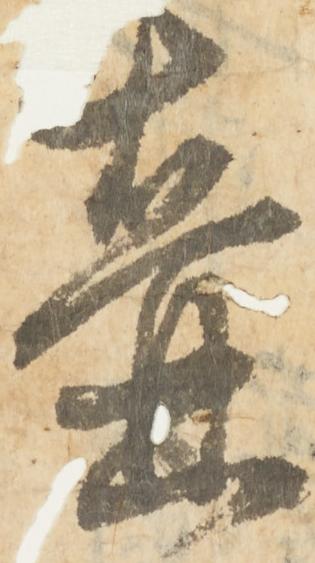
壺